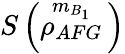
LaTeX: S\left(\overset{{{m}_{B_{1}}}}{\mathop{{{\rho}_{AFG}}}}\, \right)